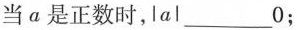
当a是正数时，\left |a\right |___0；